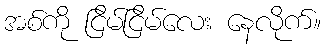
အစ်ကို ငြိမ်ငြိမ်လေး နေလိုက်။